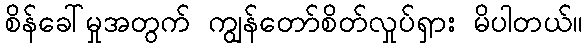
စိန်ခေါ်မှုအတွက် ကျွန်တော်စိတ်လှုပ်ရှား မိပါတယ်။